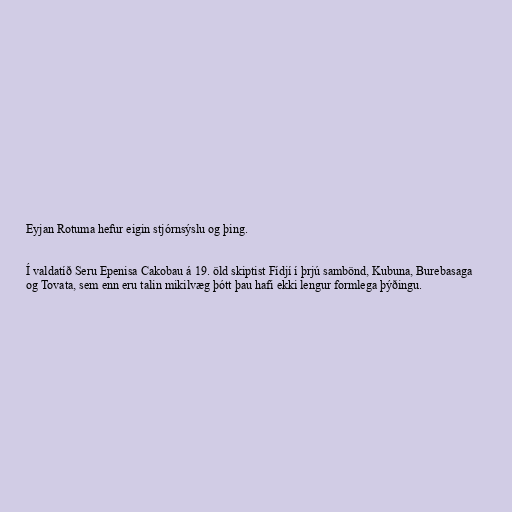
Eyjan Rotuma hefur eigin stjórnsýslu og þing.

Í valdatíð Seru Epenisa Cakobau á 19. öld skiptist Fídjí í þrjú sambönd, Kubuna, Burebasaga
og Tovata, sem enn eru talin mikilvæg þótt þau hafi ekki lengur formlega þýðingu.